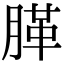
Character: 䐙